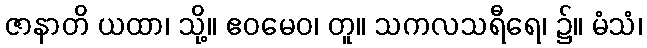
ဇာနာတိ ယထာ၊ သို့။ ဧဝမေဝ၊ တူ။ သကလသရီရေ၊ ၌။ မံသံ၊